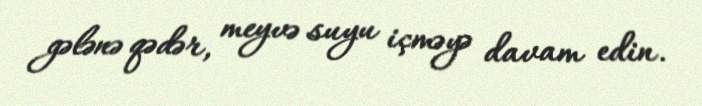
gələnə qədər, meyvə suyu içməyə davam edin.